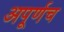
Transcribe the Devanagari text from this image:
अपूर्णच